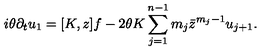
i \theta \partial _ { t } u _ { 1 } = [ K , z ] f - 2 \theta K \sum _ { j = 1 } ^ { n - 1 } m _ { j } \bar { z } ^ { m _ { j } - 1 } u _ { j + 1 } .